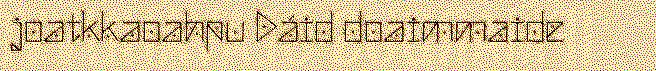
joatkkaoahpu Dáid doaimmaide